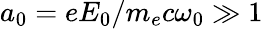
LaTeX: a_{0}=eE_{0}/m_{e}c\omega_{0}\gg 1